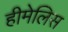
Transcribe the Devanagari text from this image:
हीमेलिस